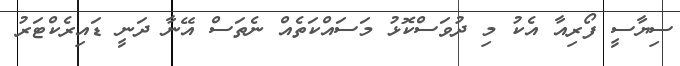
ސިޔާސީ ފޯރިއާ އެކު މި ދުވަސްކޮޅު މަސައްކަތެއް ނެތަސް އޭނާ ދަނީ ޑައިރެކްޓަރު